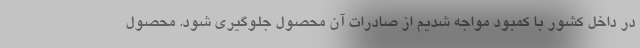
در داخل کشور با کمبود مواجه شدیم از صادرات آن محصول جلوگیری شود. محصول